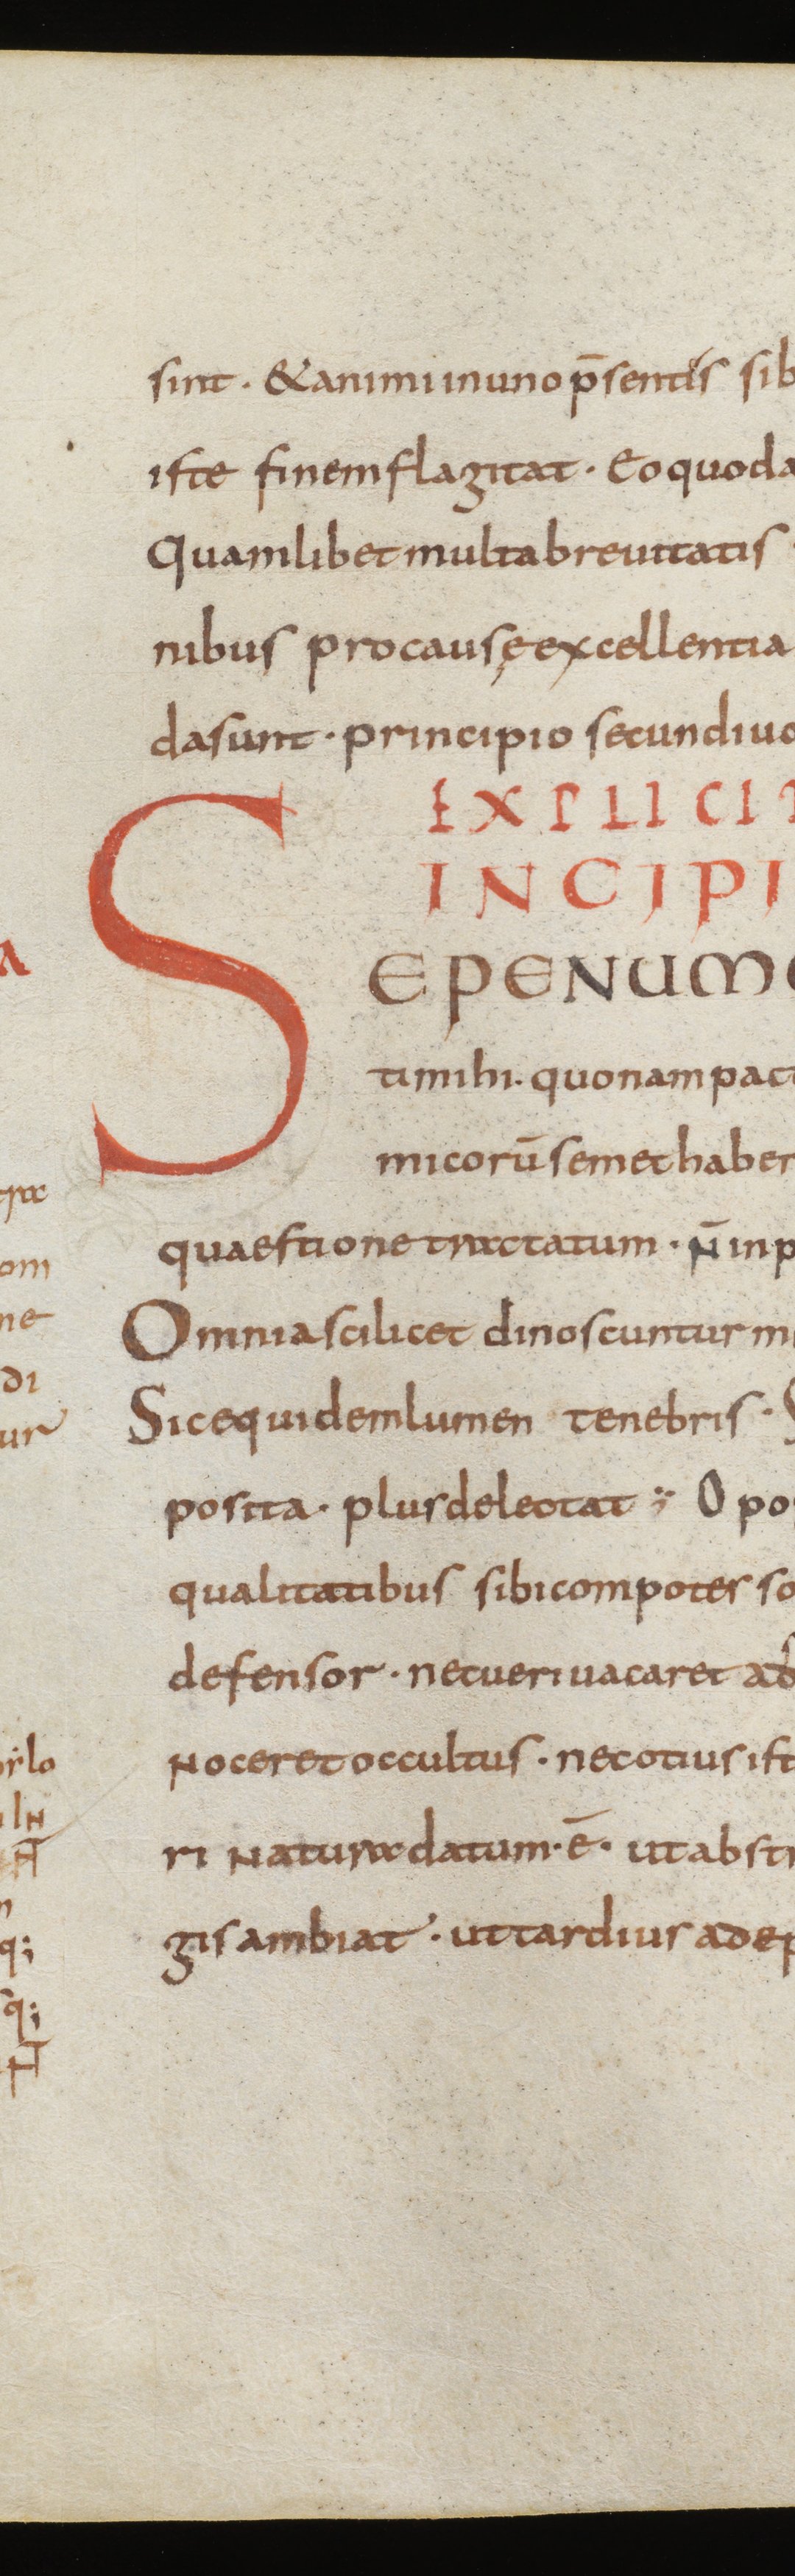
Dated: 850–874